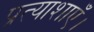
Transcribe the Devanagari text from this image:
प्रत्याशाएँ।